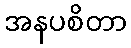
အနပစိတာ